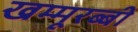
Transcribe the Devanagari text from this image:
खम्मूरब्बी